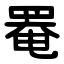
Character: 罨